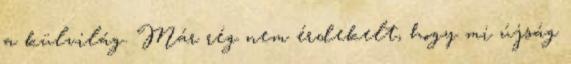
a külvilág. Már rég nem érdekelt, hogy mi újság